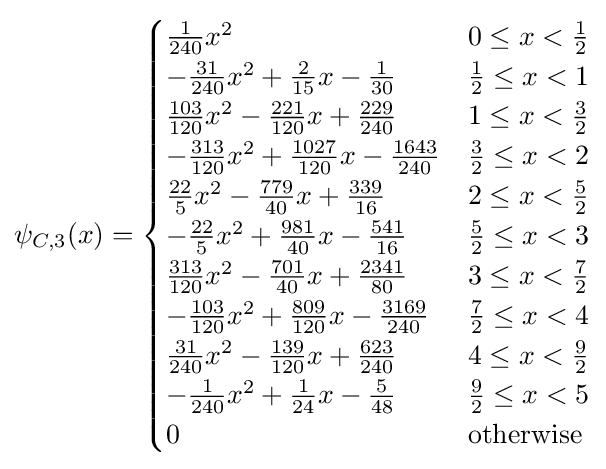
\psi _{C,3}(x)={\begin{cases}{\frac {1}{240}}x^{2}&0\leq x<{\frac {1}{2}}\\-{\frac {31}{240}}x^{2}+{\frac {2}{15}}x-{\frac {1}{30}}&{\frac {1}{2}}\leq x<1\\{\frac {103}{120}}x^{2}-{\frac {221}{120}}x+{\frac {229}{240}}&1\leq x<{\frac {3}{2}}\\-{\frac {313}{120}}x^{2}+{\frac {1027}{120}}x-{\frac {1643}{240}}&{\frac {3}{2}}\leq x<2\\{\frac {22}{5}}x^{2}-{\frac {779}{40}}x+{\frac {339}{16}}&2\leq x<{\frac {5}{2}}\\-{\frac {22}{5}}x^{2}+{\frac {981}{40}}x-{\frac {541}{16}}&{\frac {5}{2}}\leq x<3\\{\frac {313}{120}}x^{2}-{\frac {701}{40}}x+{\frac {2341}{80}}&3\leq x<{\frac {7}{2}}\\-{\frac {103}{120}}x^{2}+{\frac {809}{120}}x-{\frac {3169}{240}}&{\frac {7}{2}}\leq x<4\\{\frac {31}{240}}x^{2}-{\frac {139}{120}}x+{\frac {623}{240}}&4\leq x<{\frac {9}{2}}\\-{\frac {1}{240}}x^{2}+{\frac {1}{24}}x-{\frac {5}{48}}&{\frac {9}{2}}\leq x<5\\0&{\text{otherwise}}\end{cases}}